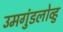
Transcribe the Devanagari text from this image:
उमगुंडलोव्हु